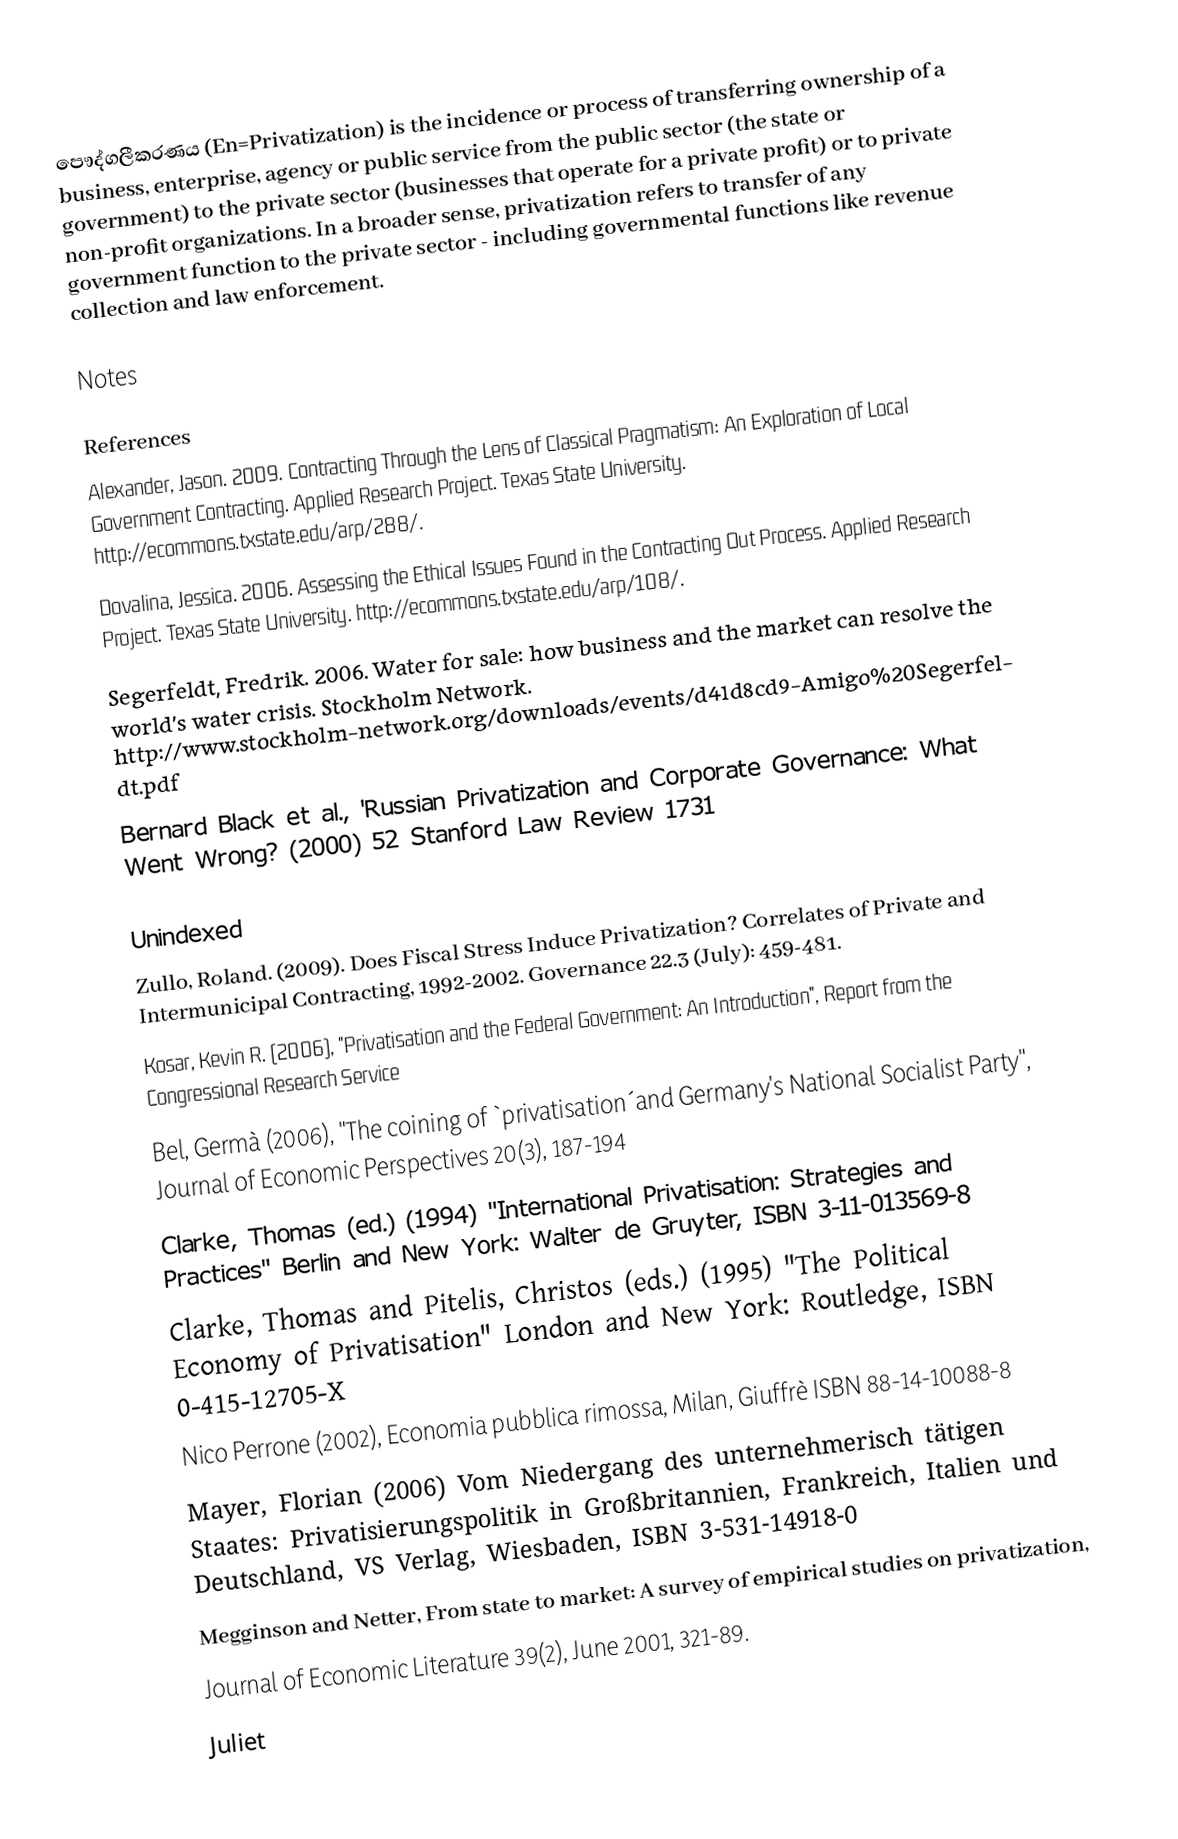
පෞද්ගලීකරණය (En=Privatization) is the incidence or process of transferring ownership of a business, enterprise, agency or public service from the public sector (the state or government) to the private sector (businesses that operate for a private profit) or to private non-profit organizations. In a broader sense, privatization refers to transfer of any government function to the private sector - including governmental functions like revenue collection and law enforcement.

Notes

References
 Alexander, Jason. 2009. Contracting Through the Lens of Classical Pragmatism: An Exploration of Local Government Contracting. Applied Research Project. Texas State University. http://ecommons.txstate.edu/arp/288/.
 Dovalina, Jessica. 2006. Assessing the Ethical Issues Found in the Contracting Out Process. Applied Research Project. Texas State University. http://ecommons.txstate.edu/arp/108/.
 Segerfeldt, Fredrik. 2006. Water for sale: how business and the market can resolve the world’s water crisis. Stockholm Network. http://www.stockholm-network.org/downloads/events/d41d8cd9-Amigo%20Segerfeldt.pdf
Bernard Black et al., 'Russian Privatization and Corporate Governance: What Went Wrong? (2000) 52 Stanford Law Review 1731

Unindexed
 Zullo, Roland. (2009).  Does Fiscal Stress Induce Privatization? Correlates of Private and Intermunicipal Contracting, 1992-2002.  Governance 22.3 (July): 459-481.
 Kosar, Kevin R. (2006),  "Privatisation and the Federal Government: An Introduction", Report from the Congressional Research Service
 Bel, Germà (2006), "The coining of `privatisation´and Germany's National Socialist Party", Journal of Economic Perspectives 20(3), 187-194
 Clarke, Thomas (ed.) (1994) "International Privatisation: Strategies and Practices" Berlin and New York: Walter de Gruyter, ISBN 3-11-013569-8
 Clarke, Thomas and Pitelis, Christos (eds.) (1995) "The Political Economy of Privatisation" London and New York: Routledge, ISBN 0-415-12705-X
 Nico Perrone (2002), Economia pubblica rimossa, Milan, Giuffrè ISBN 88-14-10088-8
 Mayer, Florian (2006) Vom Niedergang des unternehmerisch tätigen Staates: Privatisierungspolitik in Großbritannien, Frankreich, Italien und Deutschland, VS Verlag, Wiesbaden, ISBN 3-531-14918-0
 Megginson and Netter, From state to market: A survey of empirical studies on privatization,
Journal of Economic Literature 39(2), June 2001, 321-89.
 Juliet